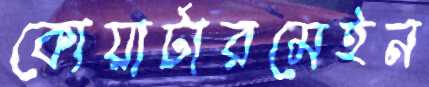
কোয়ার্টারমেইন